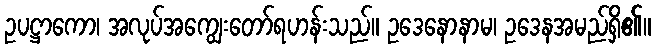
ဥပဋ္ဌာကော၊ အလုပ်အကျွေးတော်ရဟန်းသည်။ ဥဒေနောနာမ၊ ဥဒေနအမည်ရှိ၏။